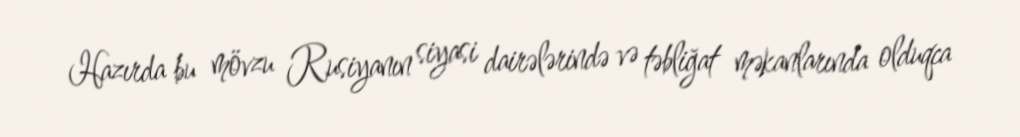
Hazırda bu mövzu Rusiyanın siyasi dairələrində və təbliğat məkanlarında olduqca